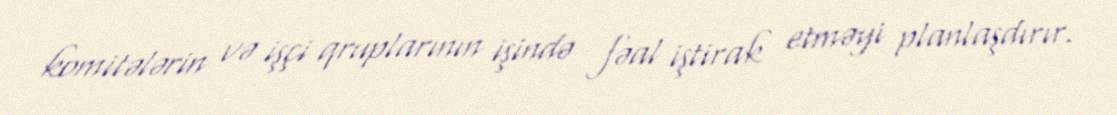
komitələrin və işçi qruplarının işində fəal iştirak etməyi planlaşdırır.